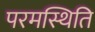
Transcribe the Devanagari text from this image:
परमस्थिति